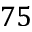
7 5